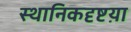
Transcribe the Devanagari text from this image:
स्थानिकदृष्टय़ा